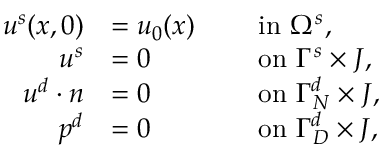
\begin{array} { r l r l } { u ^ { s } ( x , 0 ) } & { = u _ { 0 } ( x ) } & & { \mathrm { ~ i n ~ } \Omega ^ { s } , } \\ { u ^ { s } } & { = 0 } & & { \mathrm { ~ o n ~ } \Gamma ^ { s } \times J , } \\ { u ^ { d } \cdot n } & { = 0 } & & { \mathrm { ~ o n ~ } \Gamma _ { N } ^ { d } \times J , } \\ { p ^ { d } } & { = 0 } & & { \mathrm { ~ o n ~ } \Gamma _ { D } ^ { d } \times J , } \end{array}